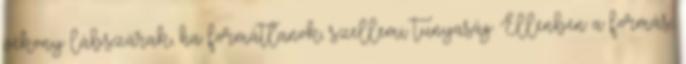
vékony lábszárak, ha formátlanok, szellemi tunyaság. Ellenben a formás,